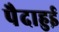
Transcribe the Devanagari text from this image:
पैदाहुई